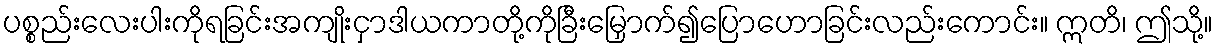
ပစ္စည်းလေးပါးကိုရခြင်းအကျိုးငှာဒါယကာတို့ကိုခြီးမြှောက်၍ပြောဟောခြင်းလည်းကောင်း။ ဣတိ၊ ဤသို့။